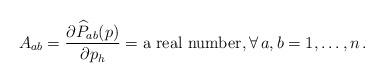
LaTeX: \begin{align*} A_{ab}=\frac{\partial \widehat P_{ab}(p)}{{\partial p_h}}=\mbox{a real number},\forall\,a,b=1,\ldots,n\,. \end{align*}